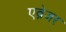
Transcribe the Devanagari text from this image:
एब्नेजर